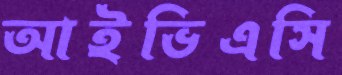
আইভিএসি